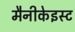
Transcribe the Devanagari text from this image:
मैनीकेइस्ट